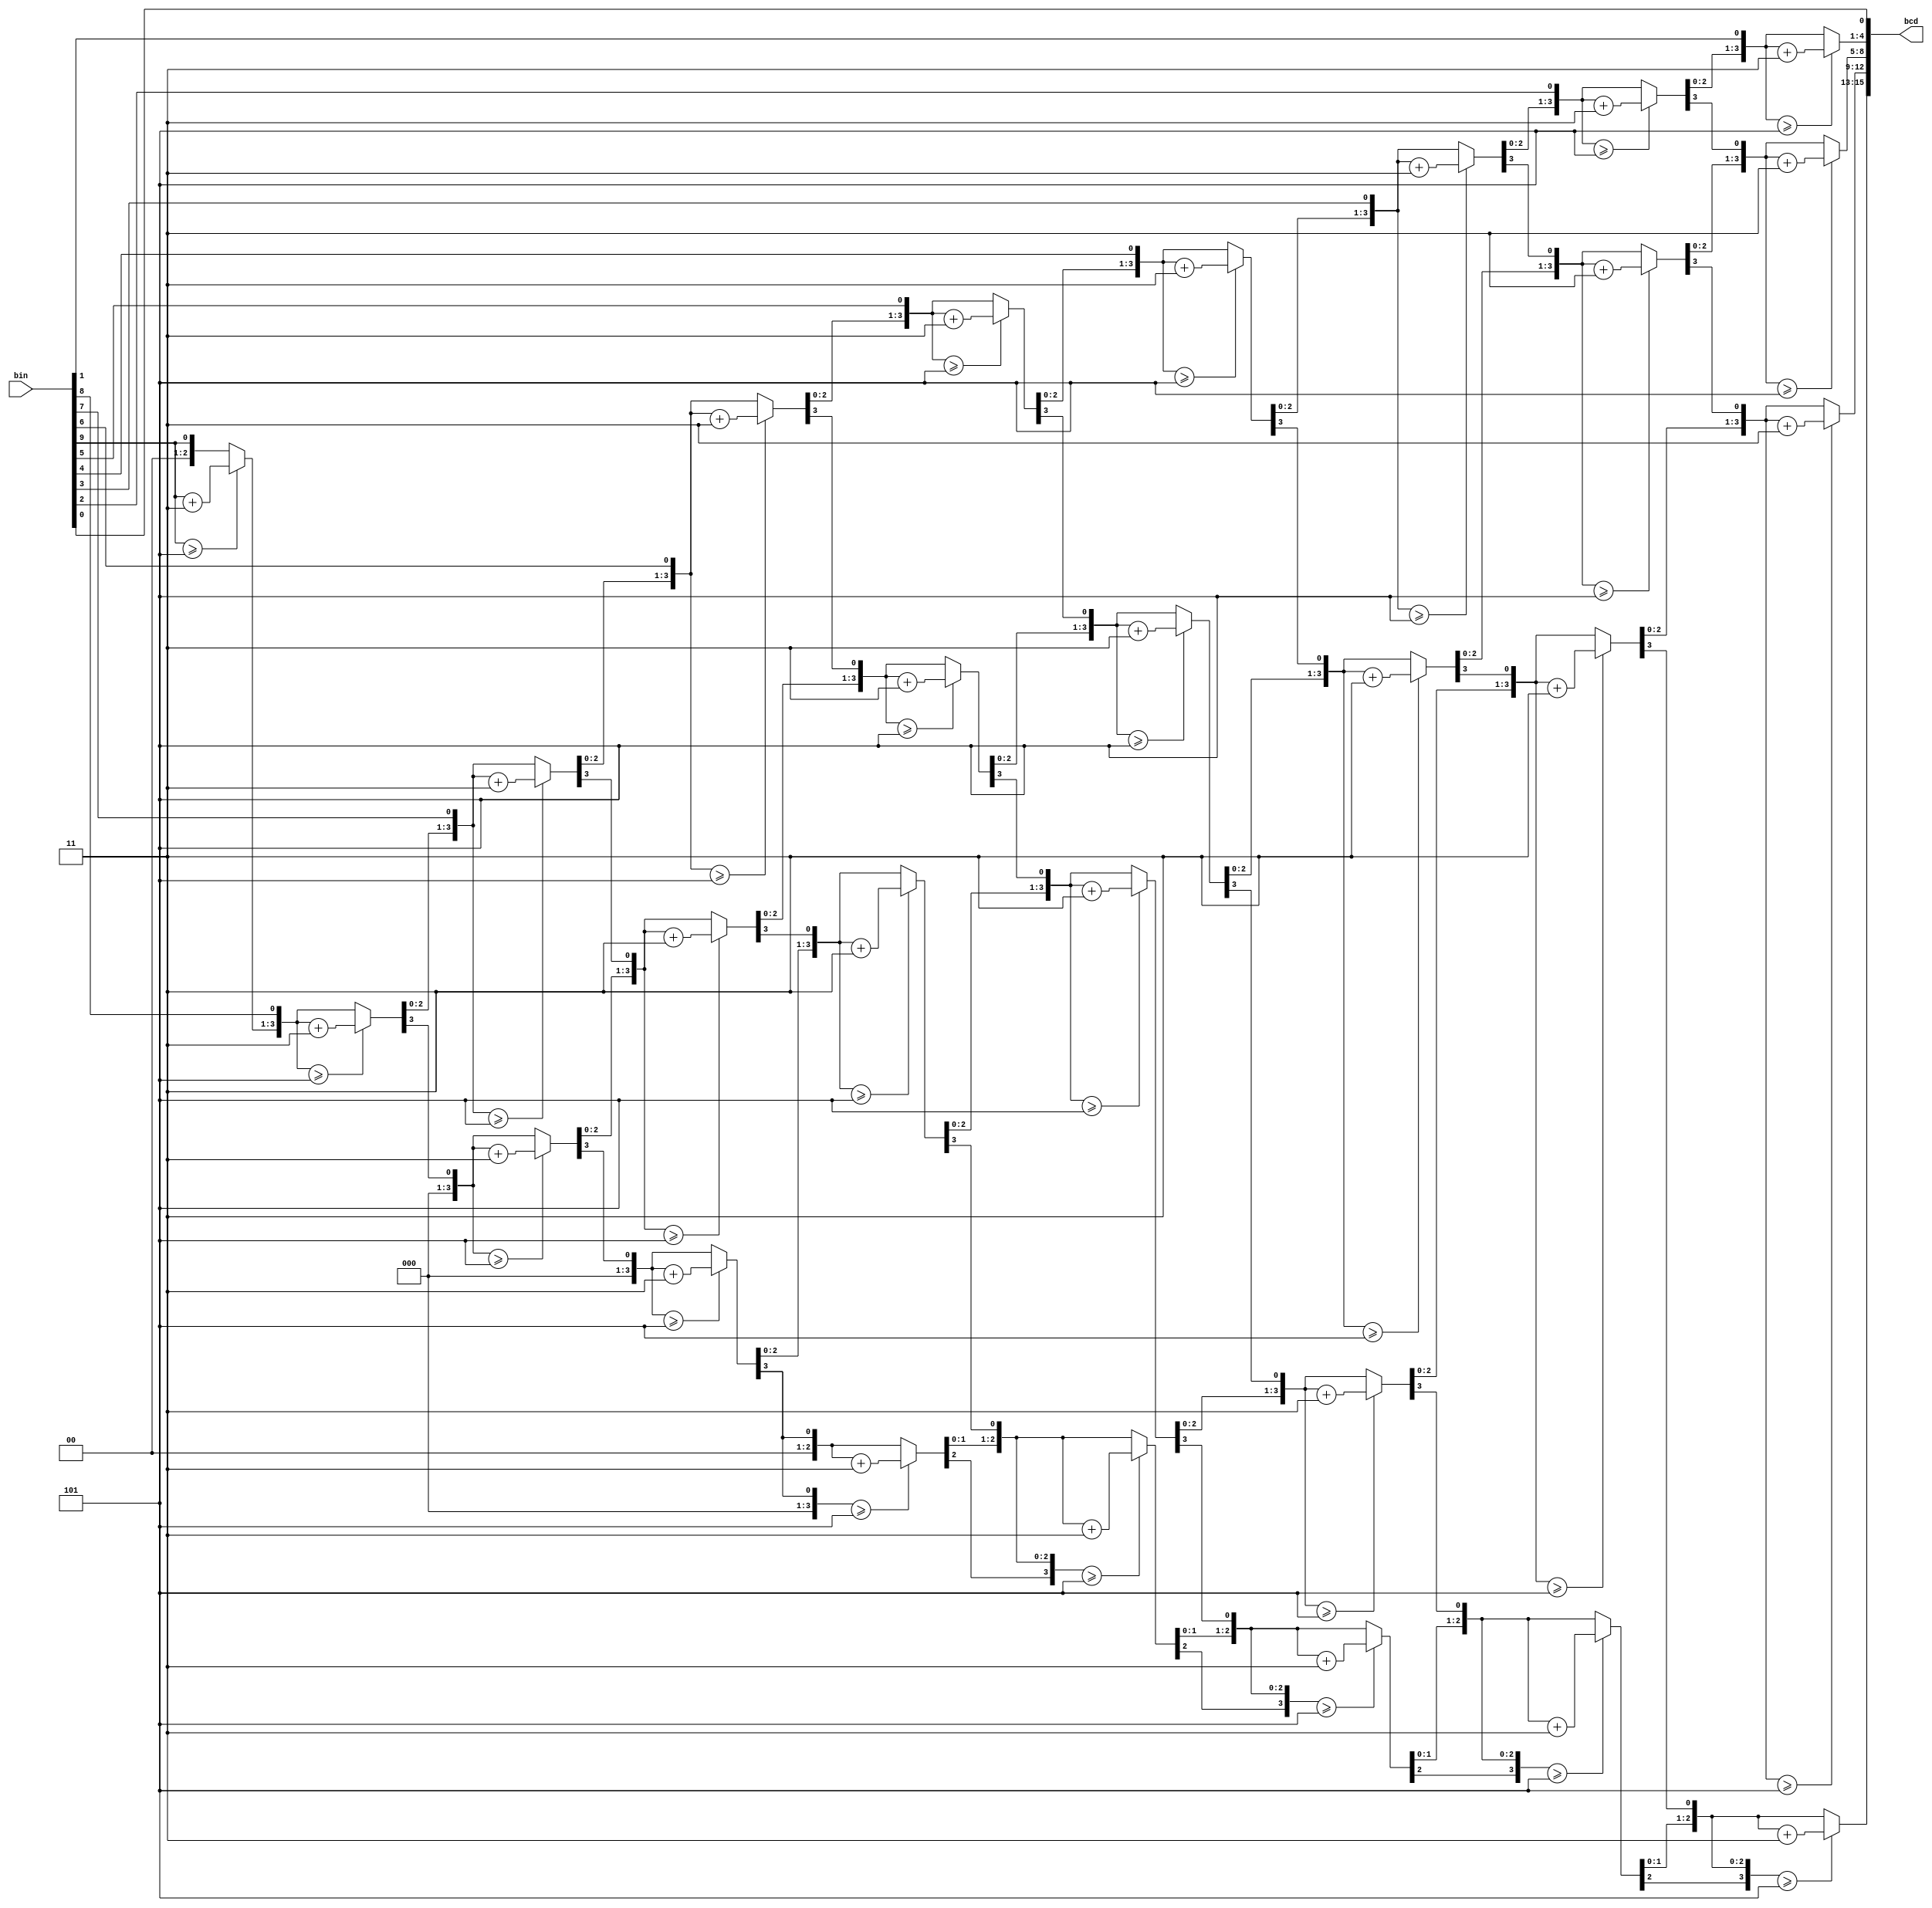
module bin_to_bcd(
    input [9:0] bin,
    output reg [15:0] bcd
    );

    integer i;
    
    always @(bin)
		begin
			bcd = 0;
         for (i = 0; i < 10; i = i + 1) 
				begin
					bcd = {bcd[14:0],bin[9-i]};      
               if(i < 9 && bcd[3:0] >= 5)
						bcd[3:0] = bcd[3:0] + 4'd3;
               if(i < 9 && bcd[7:4] >= 5)
						bcd[7:4] = bcd[7:4] + 4'd3;
               if(i < 9 && bcd[11:8] >= 5)
						bcd[11:8] = bcd[11:8] + 4'd3;
					if(i < 9 && bcd[15:12] >= 5)
						bcd[15:12] = bcd[15:12] + 4'd3;
				end
      end

endmodule